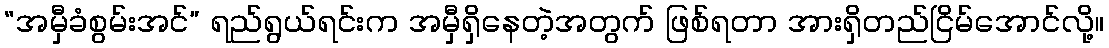
“အမှီခံစွမ်းအင်” ရည်ရွယ်ရင်းက အမှီရှိနေတဲ့အတွက် ဖြစ်ရတာ အားရှိတည်ငြိမ်အောင်လို့။